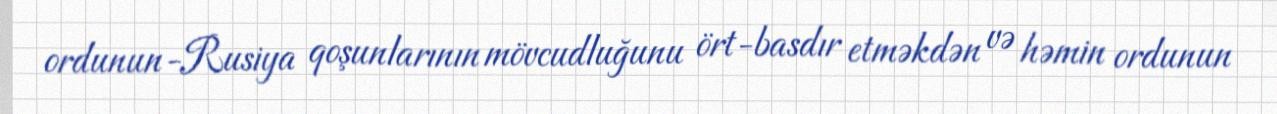
ordunun-Rusiya qoşunlarının mövcudluğunu ört-basdır etməkdən və həmin ordunun